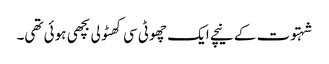
شہتوت کے نیچے ایک چھوٹی سی کھٹولی بچھی ہوئی تھی۔